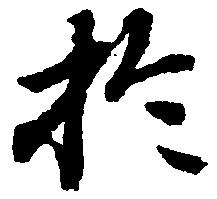
於